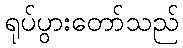
ရုပ်ပွားတော်သည်